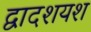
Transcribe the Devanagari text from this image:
द्वादशयश